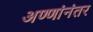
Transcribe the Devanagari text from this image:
अण्णांनंतर